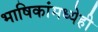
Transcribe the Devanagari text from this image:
भाषिकांमध्येही